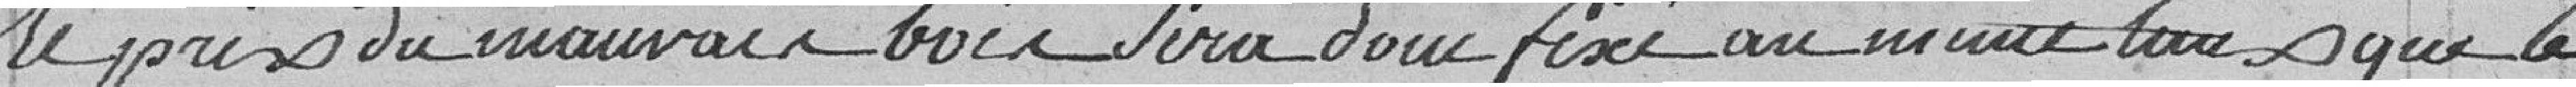
le prix du mauvais bois sera donc fixé au même taux que le